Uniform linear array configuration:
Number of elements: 32
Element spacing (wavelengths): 0.75
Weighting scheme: uniform
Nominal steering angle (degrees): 60
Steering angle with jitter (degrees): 58.368
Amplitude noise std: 0.05
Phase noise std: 0.05

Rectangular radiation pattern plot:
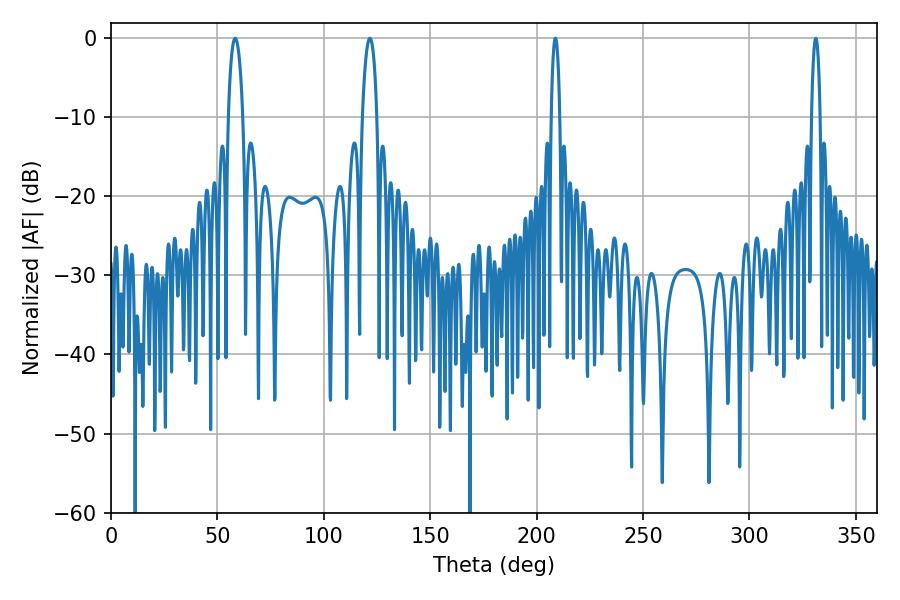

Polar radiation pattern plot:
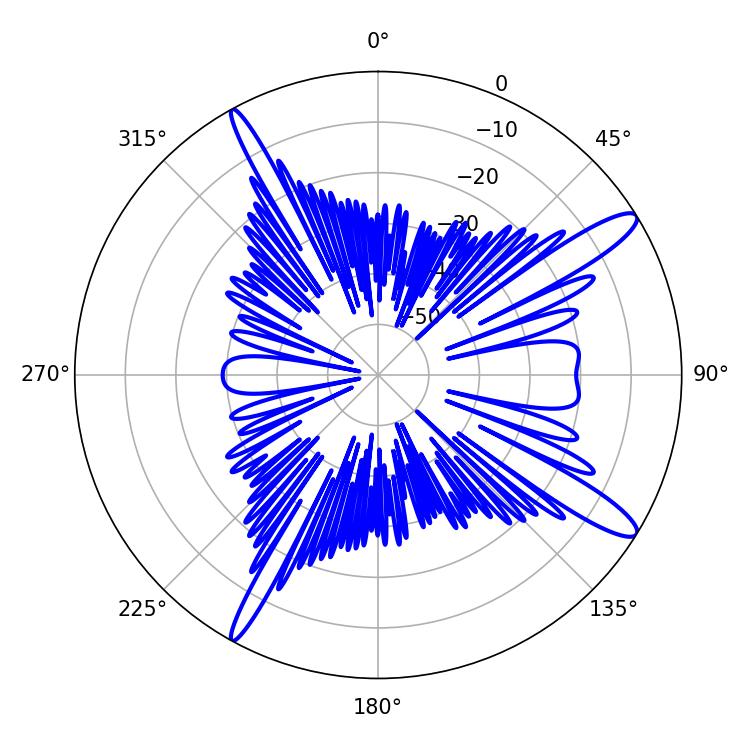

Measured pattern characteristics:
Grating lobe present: TRUE
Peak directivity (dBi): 13.483
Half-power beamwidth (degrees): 2.16
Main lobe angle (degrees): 208.8